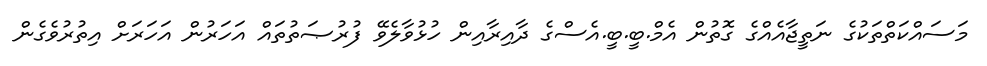
މަސައްކަތްތަކުގެ ނަތީޖާއެއްގެ ގޮތުން އެމް.ބީ.ބީ.އެސްގެ ދާއިރާއިން ހުޅުވާލެވޭ ފުރުޞަތުތައް އަހަރުން އަހަރަށް އިތުރުވެގެން